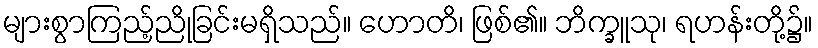
များစွာကြည့်ညိုခြင်းမရှိသည်။ ဟောတိ၊ ဖြစ်၏။ ဘိက္ခူသု၊ ရဟန်းတို့၌။